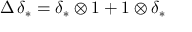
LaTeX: \Delta \, \delta _ { * } = \delta _ { * } \otimes 1 + 1 \otimes \delta _ { * }